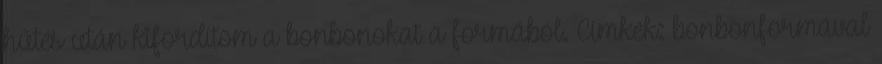
hűtés után kifordítom a bonbonokat a formából. Címkék: bonbonformával